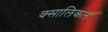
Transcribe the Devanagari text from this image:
क्सालिकल